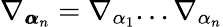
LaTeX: \nabla_{{\pmb\alpha}_{n}}=\nabla_{\alpha_{1}}...\nabla_{\alpha_{n}}